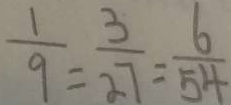
\frac { 1 } { 9 } = \frac { 3 } { 2 7 } = \frac { 6 } { 5 4 }